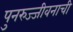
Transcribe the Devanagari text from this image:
पुनरुज्जीवनाची